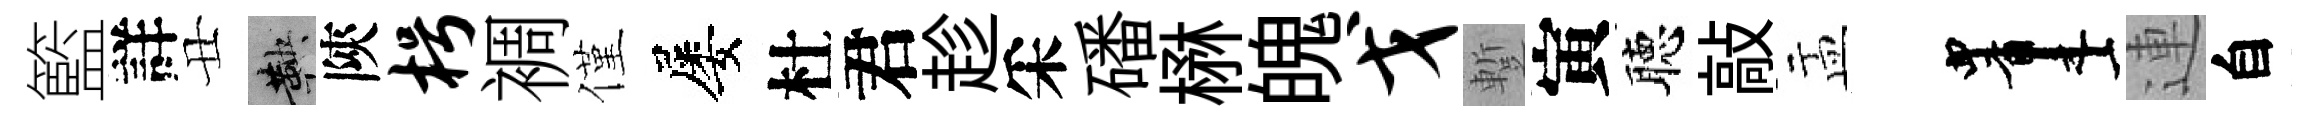
籃詳丑鞅陝枵裯僅屡杜君趁采磻楙魄戈蹔寅聴敲盂画連自